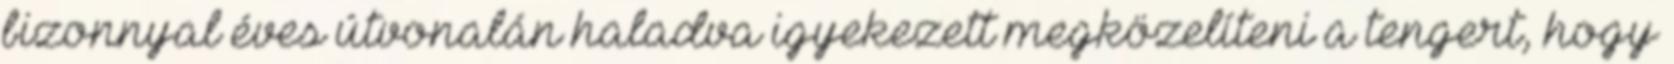
bizonnyal éves útvonalán haladva igyekezett megközelíteni a tengert, hogy